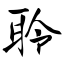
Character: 聆